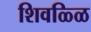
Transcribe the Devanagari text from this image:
शिवळ्ळि